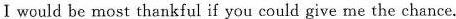
I would be most thankful if you could give me the chance.